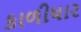
કાળીધાર